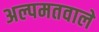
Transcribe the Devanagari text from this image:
अल्पमतवाले